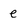
Character: e